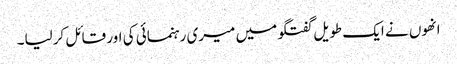
انھوں نے ایک طویل گفتگو میں میری رہنمائی کی اور قائل کرلیا۔